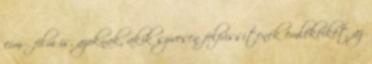
című film is, azoknak, akik szívesen felfrissítenék emlékeiket az